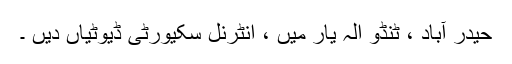
حیدر آباد ، ٹنڈو الہ یار میں ، انٹرنل سکیورٹی ڈیوٹیاں دیں ۔